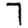
Digit: 7